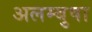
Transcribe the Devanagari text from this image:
अलम्बुषा